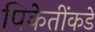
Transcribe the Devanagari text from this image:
पिकेतींकडे